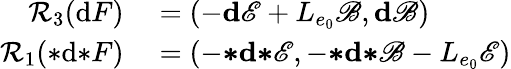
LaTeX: \begin{array}{rl}{\mathcal{R}_{3}(\mathrm{d}F)}&{{}=(-\mathbf{d}\mathscr{E}+L_{e_{0}}\mathscr{B},\mathbf{d}\mathscr{B})}\\ {\mathcal{R}_{1}({*}\mathrm{d}{*}F)}&{{}=(-{\boldsymbol{*}}\mathbf{d}{\boldsymbol{*}}\mathscr{E},-{\boldsymbol{*}}\mathbf{d}{\boldsymbol{*}}\mathscr{B}-L_{e_{0}}\mathscr{E})}\end{array}